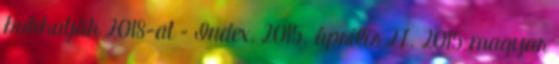
bukhatják 2018-at – Index, 2015. április 27. 2015 magyar